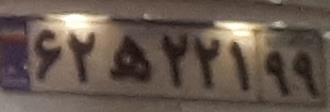
۶۲ه۲۲۱۹۹